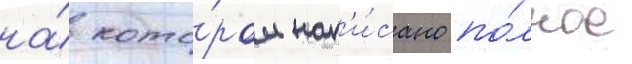
на́ кото́ром нап'и́сано по́лное